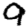
Digit: 9